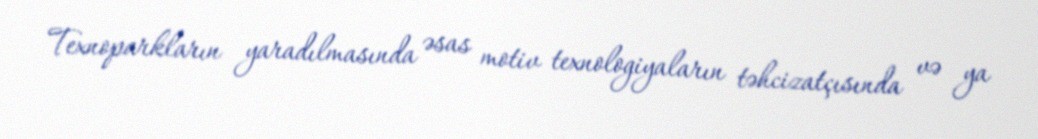
Texnoparkların yaradılmasında əsas motiv texnologiyaların təhcizatçısında və ya